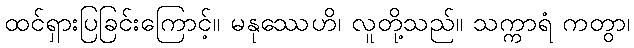
ထင်ရှားပြခြင်းကြောင့်။ မနုဿေဟိ၊ လူတို့သည်။ သက္ကာရံ ကတွာ၊